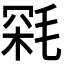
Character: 𣮥